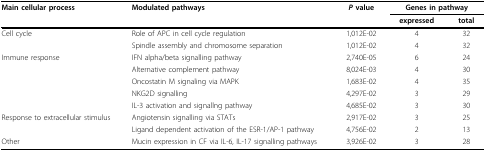
<table><thead><tr><td><b>Main cellular process</b></td><td><b>Modulated pathways</b></td><td><b><i>P </i>value</b></td><td colspan="2"><b>Genes in pathway</b></td></tr><tr><td></td><td></td><td></td><td><b>expressed</b></td><td><b>total</b></td></tr></thead><tbody><tr><td>Cell cycle</td><td>Role of APC in cell cycle regulation</td><td>1,012E-02</td><td>4</td><td>32</td></tr><tr><td></td><td>Spindle assembly and chromosome separation</td><td>1,012E-02</td><td>4</td><td>32</td></tr><tr><td>Immune response</td><td>IFN alpha/beta signalling pathway</td><td>2,740E-05</td><td>6</td><td>24</td></tr><tr><td></td><td>Alternative complement pathway</td><td>8,024E-03</td><td>4</td><td>30</td></tr><tr><td></td><td>Oncostatin M signaling via MAPK</td><td>1,683E-02</td><td>4</td><td>35</td></tr><tr><td></td><td>NKG2D signalling</td><td>4,297E-02</td><td>3</td><td>29</td></tr><tr><td></td><td>IL-3 activation and signallng pathway</td><td>4,685E-02</td><td>3</td><td>30</td></tr><tr><td>Response to extracellular stimulus</td><td>Angiotensin signalling via STATs</td><td>2,917E-02</td><td>3</td><td>25</td></tr><tr><td></td><td>Ligand dependent activation of the ESR-1/AP-1 pathway</td><td>4,756E-02</td><td>2</td><td>13</td></tr><tr><td>Other</td><td>Mucin expression in CF via IL-6, IL-17 signalling pathways</td><td>3,926E-02</td><td>3</td><td>28</td></tr></tbody></table>